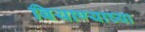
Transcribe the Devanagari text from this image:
बियाण्याच्या